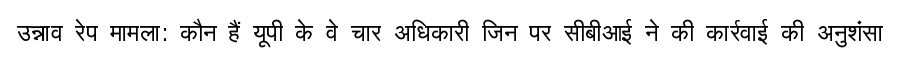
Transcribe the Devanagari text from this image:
उन्नाव रेप मामला: कौन हैं यूपी के वे चार अधिकारी जिन पर सीबीआई ने की कार्रवाई की अनुशंसा